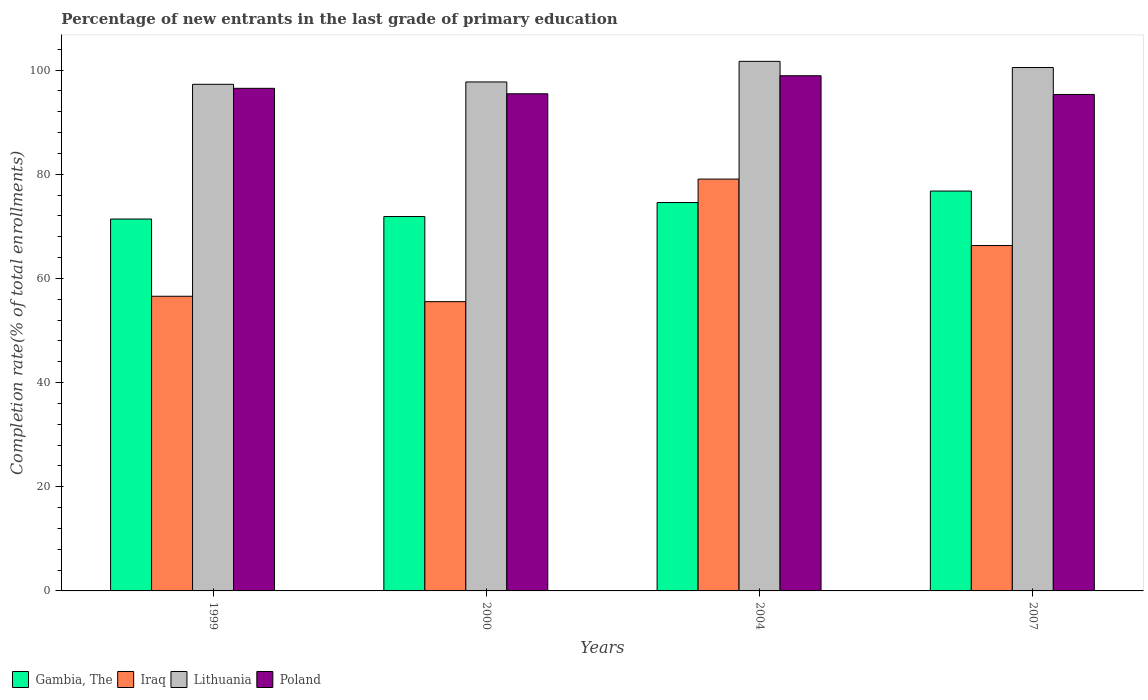
| Years | Gambia, The | Iraq | Lithuania | Poland |
 | --- | --- | --- | --- | --- |
 | 1999 | 71.4 | 56.6 | 97.3 | 96.5 |
 | 2000 | 71.9 | 55.5 | 97.7 | 95.5 |
 | 2004 | 74.6 | 79.1 | 102 | 98.9 |
 | 2007 | 76.8 | 66.3 | 100 | 95.3 |